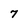
Character: 7